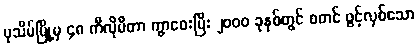
ပုသိမ်မြို့မှ ၄၈ ကီလိုမီတာ ကွာဝေးပြီး ၂၀၀၀ ခုနှစ်တွင် စတင် ဖွင့်လှစ်သော